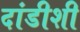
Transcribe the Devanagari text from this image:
दांडीशी